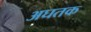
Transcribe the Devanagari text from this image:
अघतक